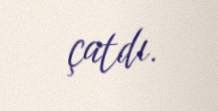
çatdı.